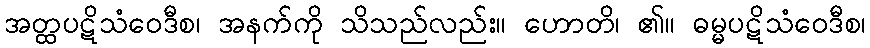
အတ္ထပဋိသံဝေဒီစ၊ အနက်ကို သိသည်လည်း။ ဟောတိ၊ ၏။ ဓမ္မပဋိသံဝေဒီစ၊